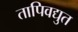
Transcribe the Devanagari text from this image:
तापिवद्युत